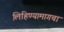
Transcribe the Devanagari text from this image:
लिहिण्यामागचा